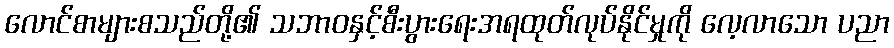
လောင်စာများစသည်တို့၏ သဘာဝနှင့်စီးပွားရေးအရထုတ်လုပ်နိုင်မှုကို လေ့လာသော ပညာ